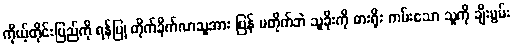
ကိုယ့်တိုင်းပြည်ကို ရန်ပြု တိုက်ခိုက်လာသူအား ပြန် မတိုက်ဘဲ သူခိုးကို ဓားရိုး ကမ်းသော သူကို ချီးမွမ်း